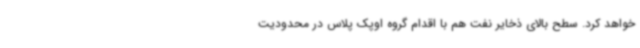
خواهد کرد. سطح بالای ذخایر نفت هم با اقدام گروه اوپک پلاس در محدودیت